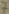
Text: 7